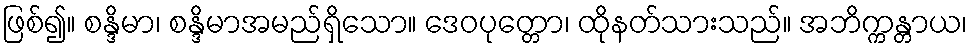
ဖြစ်၍။ စန္ဒိမာ၊ စန္ဒိမာအမည်ရှိသော။ ဒေဝပုတ္တော၊ ထိုနတ်သားသည်။ အဘိက္ကန္တာယ၊